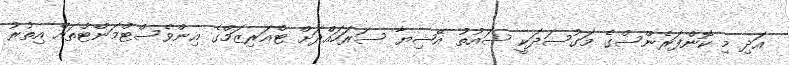
އަދި މި ކޮންފަރެންސްގެ މަގުސަދަކީ ސައުތު އޭޝިޔާ ސަރަހައްދަށް ޓްއަރިޒަމްގެ އިންވެސްޓްމަންޓްތައް އިތުރު